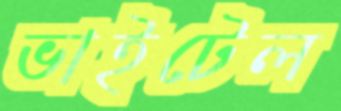
ভাইটেল